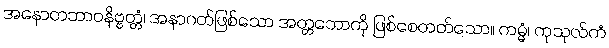
အနောတဘာဝနိဗ္ဗတ္တံ၊ အနာဂတ်ဖြစ်သော အတ္တဘောကို ဖြစ်စေတတ်သော။ ကမ္မံ၊ ကုသုလ်ကံ